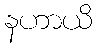
နဟာယိ